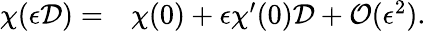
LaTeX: \begin{array}{rl}{\chi(\epsilon\mathcal{D})=}&{{}\chi(0)+\epsilon\chi^{\prime}(0)\mathcal{D}+\mathcal{O}(\epsilon^{2}).}\end{array}